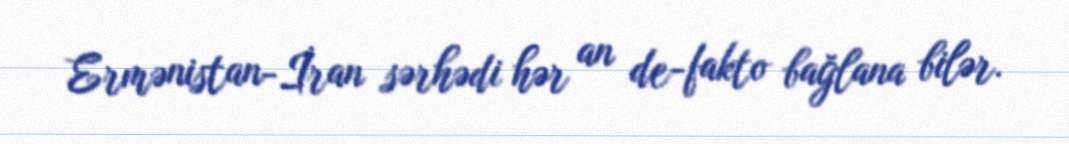
Ermənistan-İran sərhədi hər an de-fakto bağlana bilər.